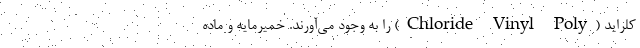
کلراید (Chloride Vinyl Poly) را به وجود می‌آورند. خمیرمایه و ماده